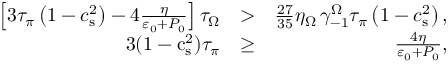
\begin{array} { r l r } { \left[ 3 \tau _ { \pi } \left( 1 - c _ { \mathrm { s } } ^ { 2 } \right) - 4 \frac { \eta } { \varepsilon _ { 0 } + P _ { 0 } } \right] \tau _ { \Omega } } & { > } & { \frac { 2 7 } { 3 5 } \eta _ { \Omega } \, \gamma _ { - 1 } ^ { \Omega } \tau _ { \pi } \left( 1 - c _ { \mathrm { s } } ^ { 2 } \right) , } \\ { 3 ( 1 - \mathrm { c } _ { \mathrm { s } } ^ { 2 } ) \tau _ { \pi } } & { \geq } & { \frac { 4 \eta } { \varepsilon _ { 0 } + P _ { 0 } } , } \end{array}